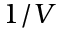
1 / V